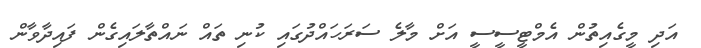
އަދި މީގެއިތުން އެމްޓީސީސީ އަށް މާލެ ސަރަހައްދުގައި ކުނި ތައް ނައްތާލައިގެން ފައިދާވާން